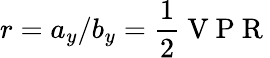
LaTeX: r=a_{y}/b_{y}=\frac{1}{2}\mathrm{~V~P~R~}